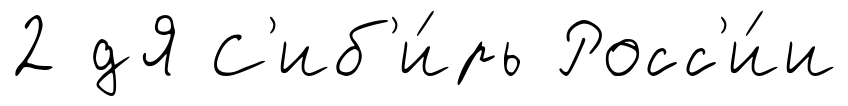
2 дЯ С'иб'и́рь Росс'и́и